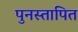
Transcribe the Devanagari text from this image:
पुनस्तापित